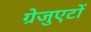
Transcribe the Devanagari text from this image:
ग्रेजुएटों